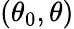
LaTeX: (\theta_{0},\theta)